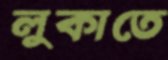
লুকাতে